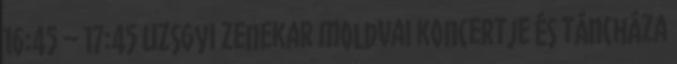
16:45 – 17:45 Uzsgyi zenekar moldvai koncertje és táncháza